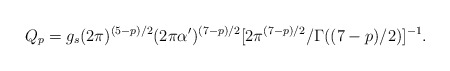
\begin{align*}Q_p = g_s (2\pi)^{(5-p)/2} (2\pi \alpha^{\prime})^{(7-p)/2} [2\pi^{(7-p)/2}/\Gamma((7-p)/2)]^{-1}.\end{align*}